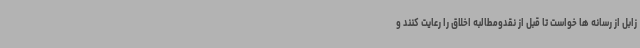
زابل از رسانه ها خواست تا قبل از نقدومطالبه اخلاق را رعایت کنند و